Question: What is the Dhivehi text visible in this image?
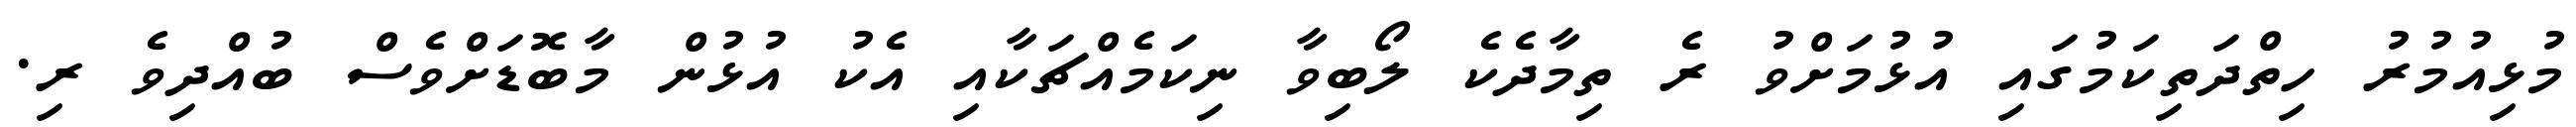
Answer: މުޅިއުމުރު ހިތްދަތިކަމުގައި އުޅުމަށްވު ރެ ތިމާދެކެ ލޯބިވާ ނިކަމެއްޗަކާއި އެކު އުޅުން މާބޮޑަށްވެސް ބުއްދިވެ ރި.